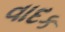
વાદક